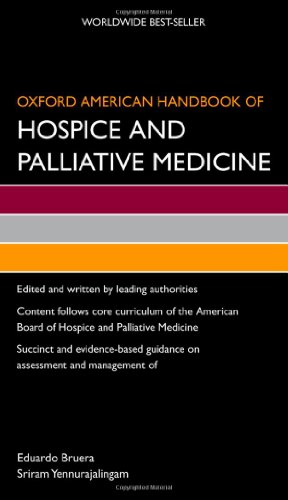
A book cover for Oxford American Handbook of Hospice and Palliative Medicine (Oxford American Handbooks of Medicine); Self-Help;